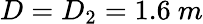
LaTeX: D=D_{2}=1.6~m